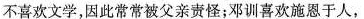
不喜欢文学，因此常常被父亲责怪；邓训喜欢施恩于人，